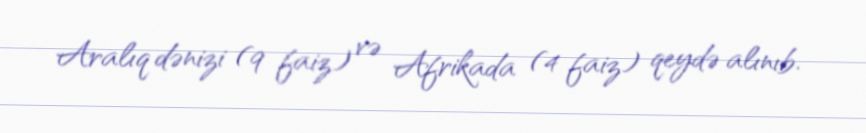
Aralıq dənizi (9 faiz) və Afrikada (4 faiz) qeydə alınıb.